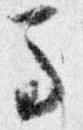
馬